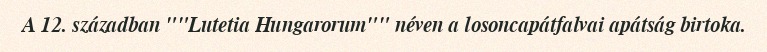
A 12. században ""Lutetia Hungarorum"" néven a losoncapátfalvai apátság birtoka.